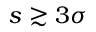
s \gtrsim 3 \sigma